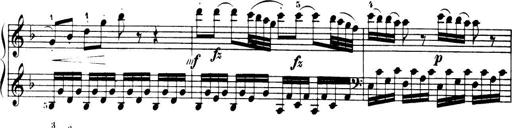
Title: 32 Sonatinas and Rondos for the Piano
Composer: Richard Kleinmichel